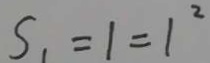
S _ { 1 } = 1 = 1 ^ { 2 }